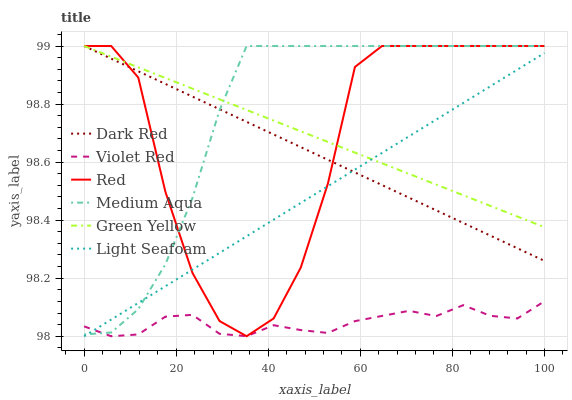
| xaxis_label | Dark Red | Violet Red | Red | Medium Aqua | Green Yellow | Light Seafoam |
 | --- | --- | --- | --- | --- | --- | --- |
 | 0 | 99 | 98 | 99 | 98 | 99 | 98 |
 | 5.88 | 99 | 98 | 99 | 98 | 99 | 98.1 |
 | 11.8 | 98.9 | 98 | 98.9 | 98.1 | 98.9 | 98.1 |
 | 17.6 | 98.9 | 98.1 | 98.5 | 98.2 | 98.9 | 98.2 |
 | 23.5 | 98.8 | 98.1 | 98.2 | 98.5 | 98.9 | 98.2 |
 | 29.4 | 98.8 | 98 | 98.1 | 98.8 | 98.8 | 98.3 |
 | 35.3 | 98.7 | 98 | 98 | 99 | 98.8 | 98.3 |
 | 41.2 | 98.7 | 98 | 98.1 | 99 | 98.7 | 98.4 |
 | 47.1 | 98.7 | 98 | 98.2 | 99 | 98.7 | 98.5 |
 | 52.9 | 98.6 | 98 | 98.5 | 99 | 98.7 | 98.5 |
 | 58.8 | 98.6 | 98.1 | 98.9 | 99 | 98.6 | 98.6 |
 | 64.7 | 98.5 | 98.1 | 99 | 99 | 98.6 | 98.6 |
 | 70.6 | 98.5 | 98.1 | 99 | 99 | 98.6 | 98.7 |
 | 76.5 | 98.4 | 98.1 | 99 | 99 | 98.5 | 98.7 |
 | 82.4 | 98.4 | 98.1 | 99 | 99 | 98.5 | 98.8 |
 | 88.2 | 98.3 | 98.1 | 99 | 99 | 98.4 | 98.9 |
 | 94.1 | 98.3 | 98.1 | 99 | 99 | 98.4 | 98.9 |
 | 100 | 98.3 | 98.1 | 99 | 99 | 98.4 | 99 |